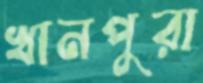
খানপুরা